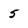
Character: 5